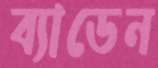
ব্যাডেন